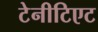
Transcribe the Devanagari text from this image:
टेनीटिएट